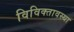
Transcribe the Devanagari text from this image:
विविक्तावस्था